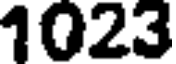
1023